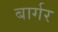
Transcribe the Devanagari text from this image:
बार्गर